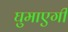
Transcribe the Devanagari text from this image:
घुमाएगी